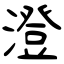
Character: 澄